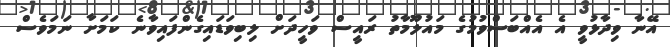
އޭނާ ވިދާޅުވީ އެ އެއްބަސްވުމުގެ މައުލޫމާތު ރައީސް ވަހީދަށް ލިބިވަޑައިގެންފައިވާނެ ކަމަށާ ނަމަވެސް